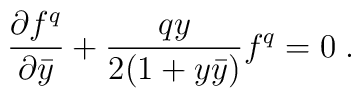
{\partial f^{q}\over\partial\bar y} + {qy\over 2(1+y\bar y)}f^{q} = 0\;.